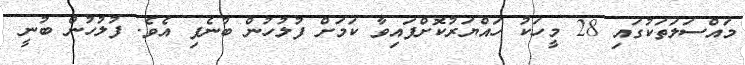
މައްސަލަތަކުގައި 28 މީހަކު ހައްޔަރުކޮށްފައިވާ ކަމަށް ފުލުހުން ބުނެފި އެވެ. ފުލުހުން ބުނީ